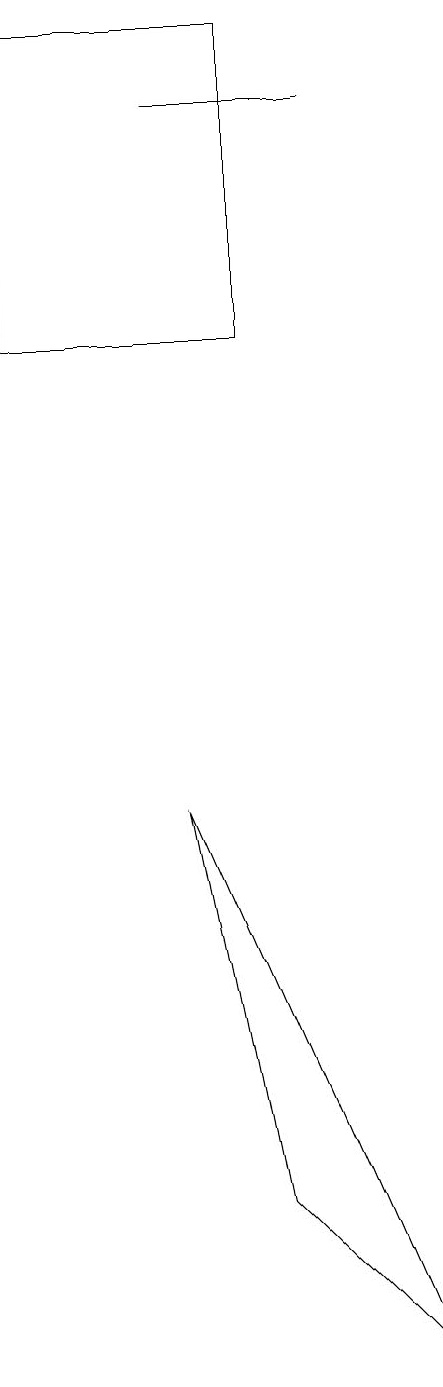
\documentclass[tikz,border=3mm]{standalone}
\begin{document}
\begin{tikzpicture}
\draw (1,17) rectangle (4,13);
\draw (5,16) rectangle (3,16);
\draw (4,2) -- (6,0) -- (3,7) -- cycle;
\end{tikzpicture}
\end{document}